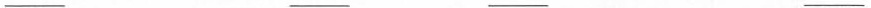
___ ___ ___ ___